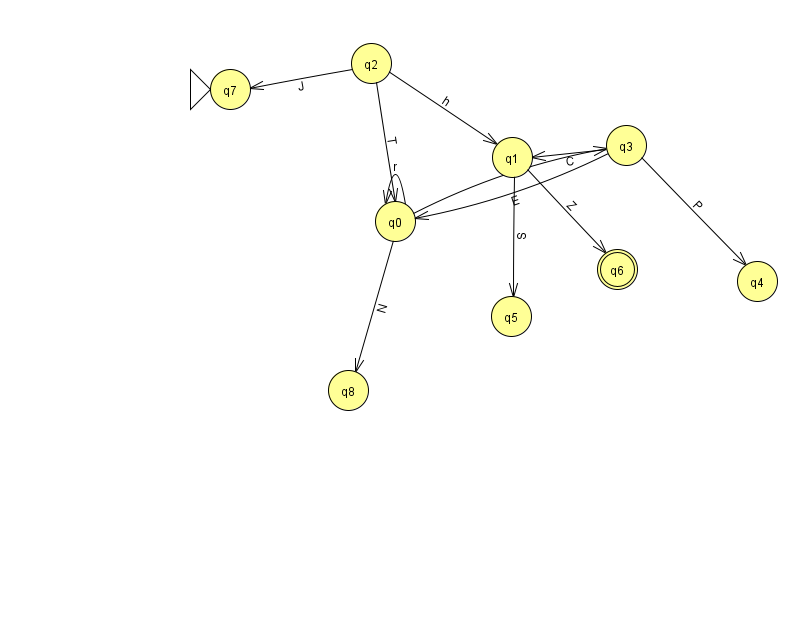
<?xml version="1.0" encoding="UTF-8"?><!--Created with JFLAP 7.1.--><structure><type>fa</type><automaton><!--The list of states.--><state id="0" name="q0"><x>395.0</x><y>208.0</y></state><state id="1" name="q1"><x>512.0</x><y>144.0</y></state><state id="2" name="q2"><x>371.0</x><y>50.0</y></state><state id="3" name="q3"><x>626.0</x><y>132.0</y></state><state id="4" name="q4"><x>757.0</x><y>268.0</y></state><state id="5" name="q5"><x>511.0</x><y>303.0</y></state><state id="6" name="q6"><x>617.0</x><y>256.0</y><final/></state><state id="7" name="q7"><x>230.0</x><y>76.0</y><initial/></state><state id="8" name="q8"><x>348.0</x><y>377.0</y></state><!--The list of transitions.--><transition><from>3</from><to>0</to><read>E</read></transition><transition><from>0</from><to>0</to><read>r</read></transition><transition><from>0</from><to>3</to><read>F</read></transition><transition><from>1</from><to>6</to><read>Z</read></transition><transition><from>3</from><to>4</to><read>P</read></transition><transition><from>3</from><to>1</to><read>C</read></transition><transition><from>1</from><to>5</to><read>S</read></transition><transition><from>0</from><to>8</to><read>N</read></transition><transition><from>2</from><to>0</to><read>T</read></transition><transition><from>2</from><to>7</to><read>J</read></transition><transition><from>2</from><to>1</to><read>h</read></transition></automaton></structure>